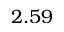
2 . 5 9